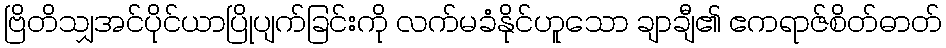
ဗြိတိသျှအင်ပိုင်ယာပြိုပျက်ခြင်းကို လက်မခံနိုင်ဟူသော ချာချီ၏ ဧကရာဇ်စိတ်ဓာတ်